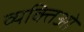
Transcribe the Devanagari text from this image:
व्यक्तिओ